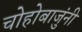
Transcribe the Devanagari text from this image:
चोहोबाजुंनी